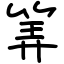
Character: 筭